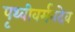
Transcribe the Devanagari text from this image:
पृथ्वीवर्मनदेव